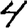
Digit: 4